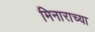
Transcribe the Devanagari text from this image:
मिनाराच्या